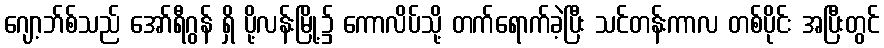
ဂျော့ဘ်စ်သည် အော်ရီဂွန် ရှိ ပို့လန်းမြို့၌ ကောလိပ်သို့ တက်ရောက်ခဲ့ပြီး သင်တန်းကာလ တစ်ပိုင်း အပြီးတွင်